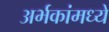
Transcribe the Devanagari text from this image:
अर्भकांमध्ये